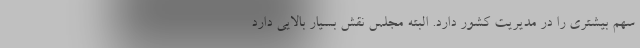
سهم بیشتری را در مدیریت کشور دارد. البته مجلس نقش بسیار بالایی دارد